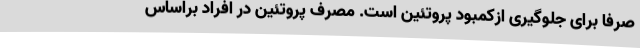
صرفا برای جلوگیری ازکمبود پروتئین است. مصرف پروتئین در افراد براساس